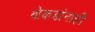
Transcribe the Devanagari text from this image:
बोकडांनाही